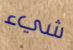
شيء